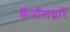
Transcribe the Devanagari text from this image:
कॅनॉलद्वारे